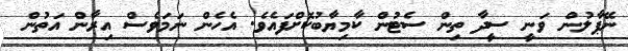
ނޭޕާލުން ވަނީ ސީދާ ތިން ސެޓުން ކާމިޔާބުކޮށްފައެވެ. އެހެން ނަމަވެސް އިރާން އަތުން